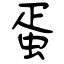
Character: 蛋